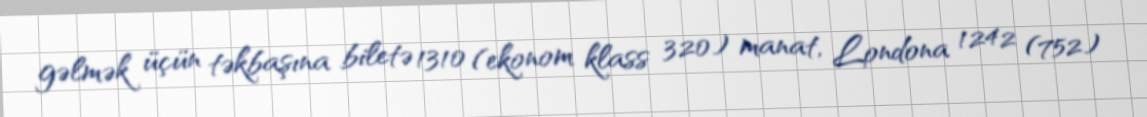
gəlmək üçün təkbaşına biletə 1310 (ekonom klass 320) manat, Londona 1242 (752)